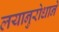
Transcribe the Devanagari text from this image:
लयानुरोधाने